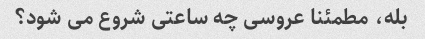
بله، مطمئنا عروسی چه ساعتی شروع می شود؟